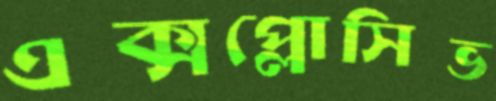
এক্সপ্লোসিভ